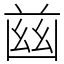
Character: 𦱳